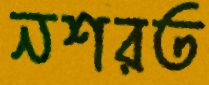
নশরত